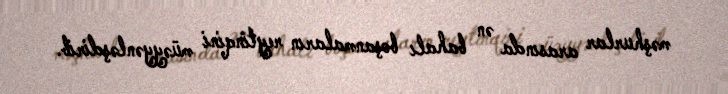
məşhurlar arasında ən bahalı boşanmaların reytinqini müəyyənləşdirib.